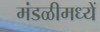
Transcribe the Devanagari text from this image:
मंडळीमध्यें